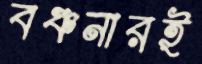
বঞ্চনারই